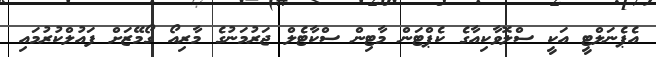
އެޕެނަލްޓީ އަކީ ސްލޮވާކިއާގެ ކެޕްޓަން މާޓިން ސްކާޓެލް ޖަރުމަނުގެ މާރިއޯ ގޯމޭޒަށް ފައުލްކުރުމައި